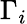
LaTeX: \Gamma_{i}